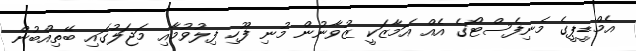
އެމްޑީޕީގެ މެނިފެސްޓޯގެ އެއް އަމާޒަކީ ޒުވާނުން މުނި ފޫހި ފިލުވުމާއި މަޖަލުގައި ބޭތިއްބުން